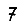
Digit: 7